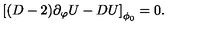
\left[ ( D - 2 ) \partial _ { \varphi } U - D U \right] _ { \phi _ { 0 } } = 0 .